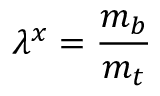
\lambda ^ { x } = \frac { m _ { b } } { m _ { t } }